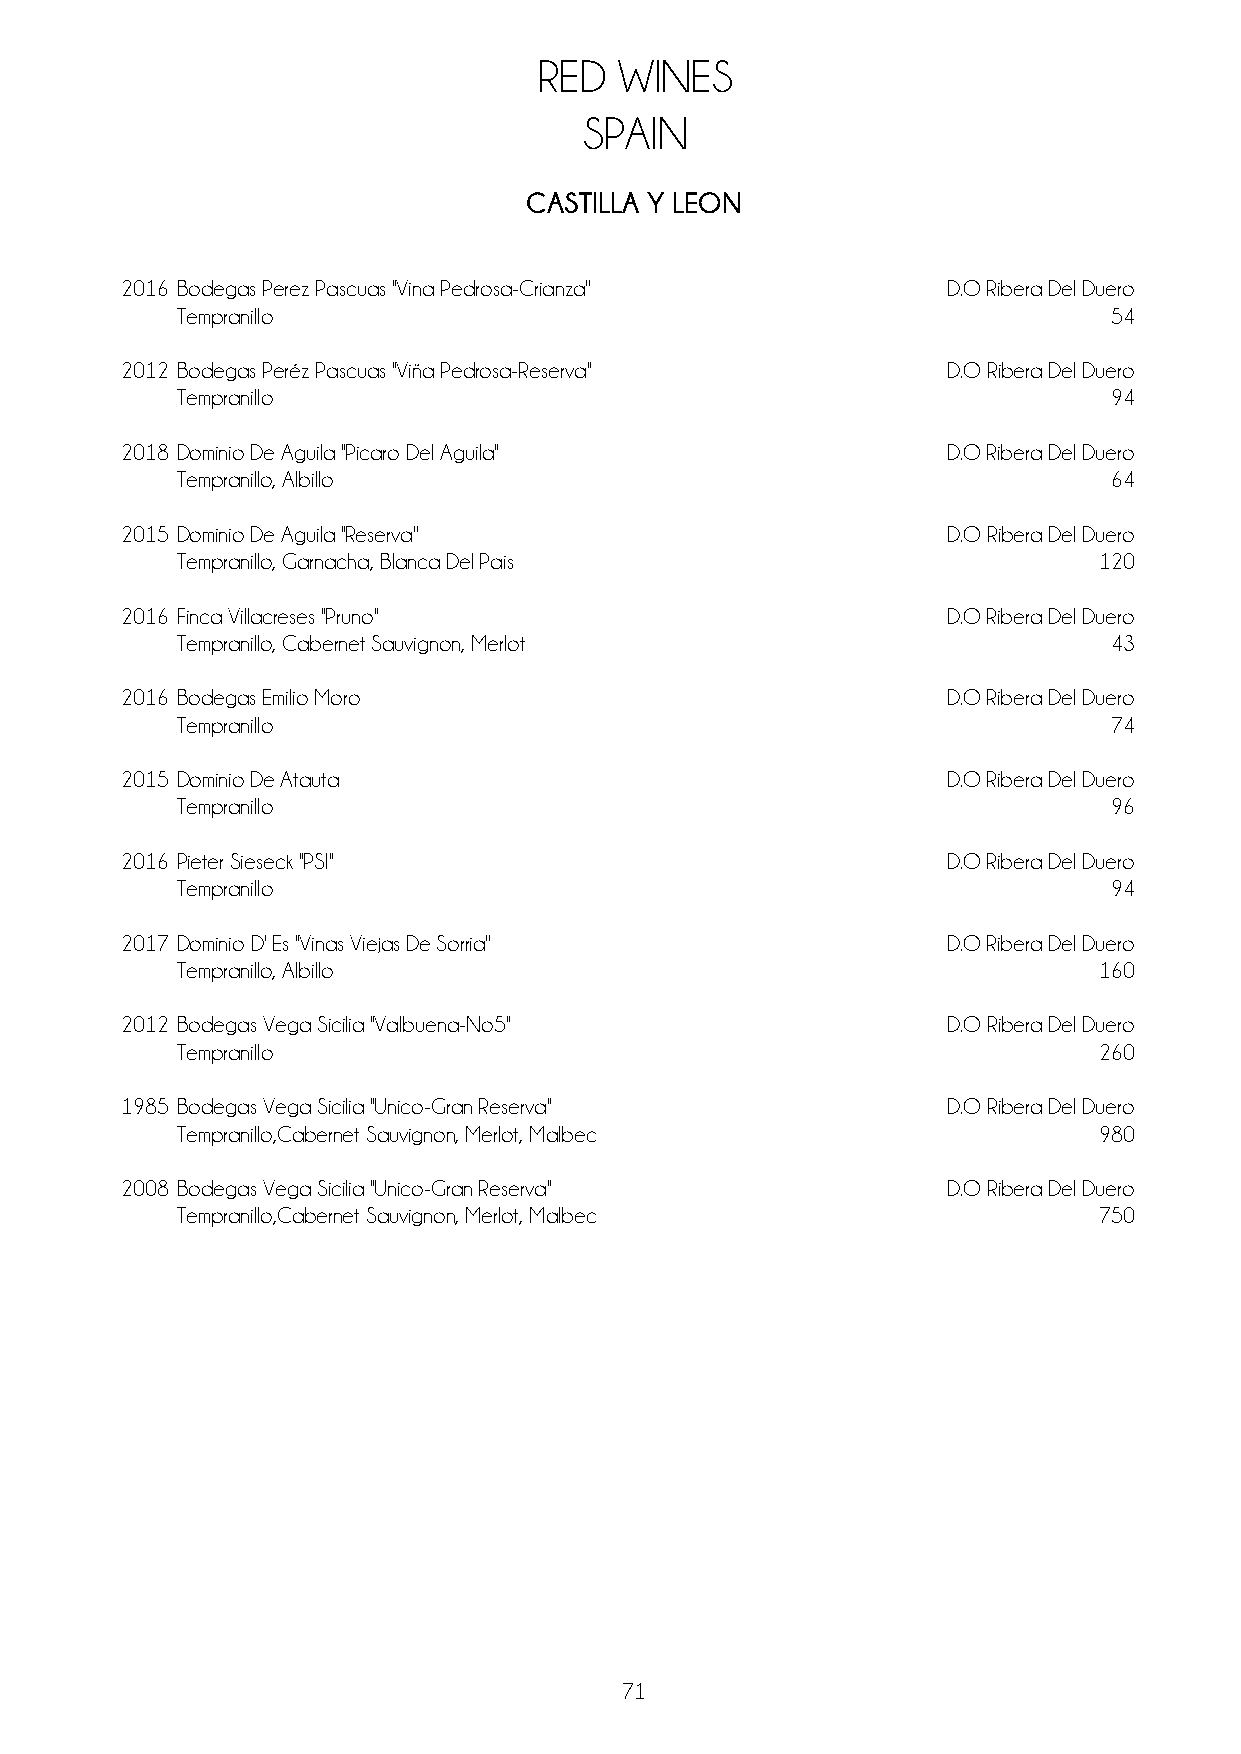
RED  WINES
 SPAIN
 CASTILLA Y LEON
 2016 Bodegas Perez Pascuas ''Vina Pedrosa-Crianza''    D.O Ribera Del Duero
 Tempranillo                                                  54
 2012 Bodegas Peréz Pascuas ''Viña Pedrosa-Reserva''    D.O Ribera Del Duero
 Tempranillo                                                  94
 2018 Dominio De Aguila ''Picaro Del Aguila''           D.O Ribera Del Duero
 Tempranillo, Albillo                                         64
 2015 Dominio De Aguila ''Reserva''                     D.O Ribera Del Duero
 Tempranillo, Garnacha, Blanca Del Pais                       120
 2016 Finca Villacreses ''Pruno''                       D.O Ribera Del Duero
 Tempranillo, Cabernet Sauvignon, Merlot                      43
 2016 Bodegas Emilio Moro                               D.O Ribera Del Duero
 Tempranillo                                                  74
 2015 Dominio De Atauta                                 D.O Ribera Del Duero
 Tempranillo                                                  96
 2016 Pieter Sieseck ''PSI''                            D.O Ribera Del Duero
 Tempranillo                                                  94
 2017 Dominio D' Es ''Vinas Viejas De Sorria''          D.O Ribera Del Duero
 Tempranillo, Albillo                                         160
 2012 Bodegas Vega Sicilia ''Valbuena-No5"              D.O Ribera Del Duero
 Tempranillo                                                  260
 1985 Bodegas Vega Sicilia ''Unico-Gran Reserva''       D.O Ribera Del Duero
 Tempranillo,Cabernet Sauvignon, Merlot, Malbec               980
 2008 Bodegas Vega Sicilia ''Unico-Gran Reserva''       D.O Ribera Del Duero
 Tempranillo,Cabernet Sauvignon, Merlot, Malbec               750
 71